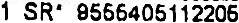
1 SR' 9556405112205